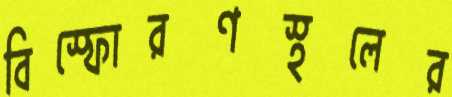
বিস্ফোরণস্থলের